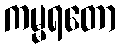
ကမ္မရတော